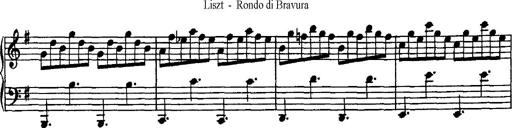
Title: Rondo di bravura
Composer: Franz Liszt